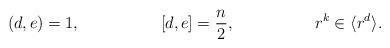
LaTeX: \begin{align*}(d,e) & =1, & [d,e] & = \frac{n}{2}, & & r^{k} \in \langle r^{d}\rangle.\end{align*}